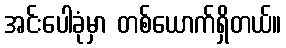
အင်းပေါခုံမှာ တစ်ယောက်ရှိတယ်။